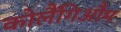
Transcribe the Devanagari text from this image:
कोलैंगिऔम